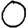
Digit: 0